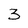
Character: 3